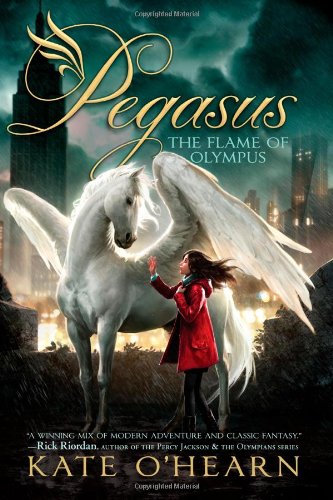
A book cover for The Flame of Olympus (Pegasus); Kate O'Hearn; Children's Books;